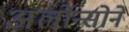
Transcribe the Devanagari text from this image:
अलोन्सोने